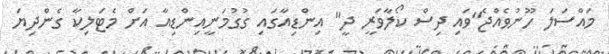
މައްސަލަ ހޫނުވެއްޖެ"ވައި ދިސް ކޯލާވަރީ ދީ" އިންޑިއާގައި ގުގުމަނީއިންޑިއާ އަށް މެޓަލިކާ ގެންދިޔަ